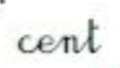
cent